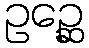
ဥဉ္ဆေ